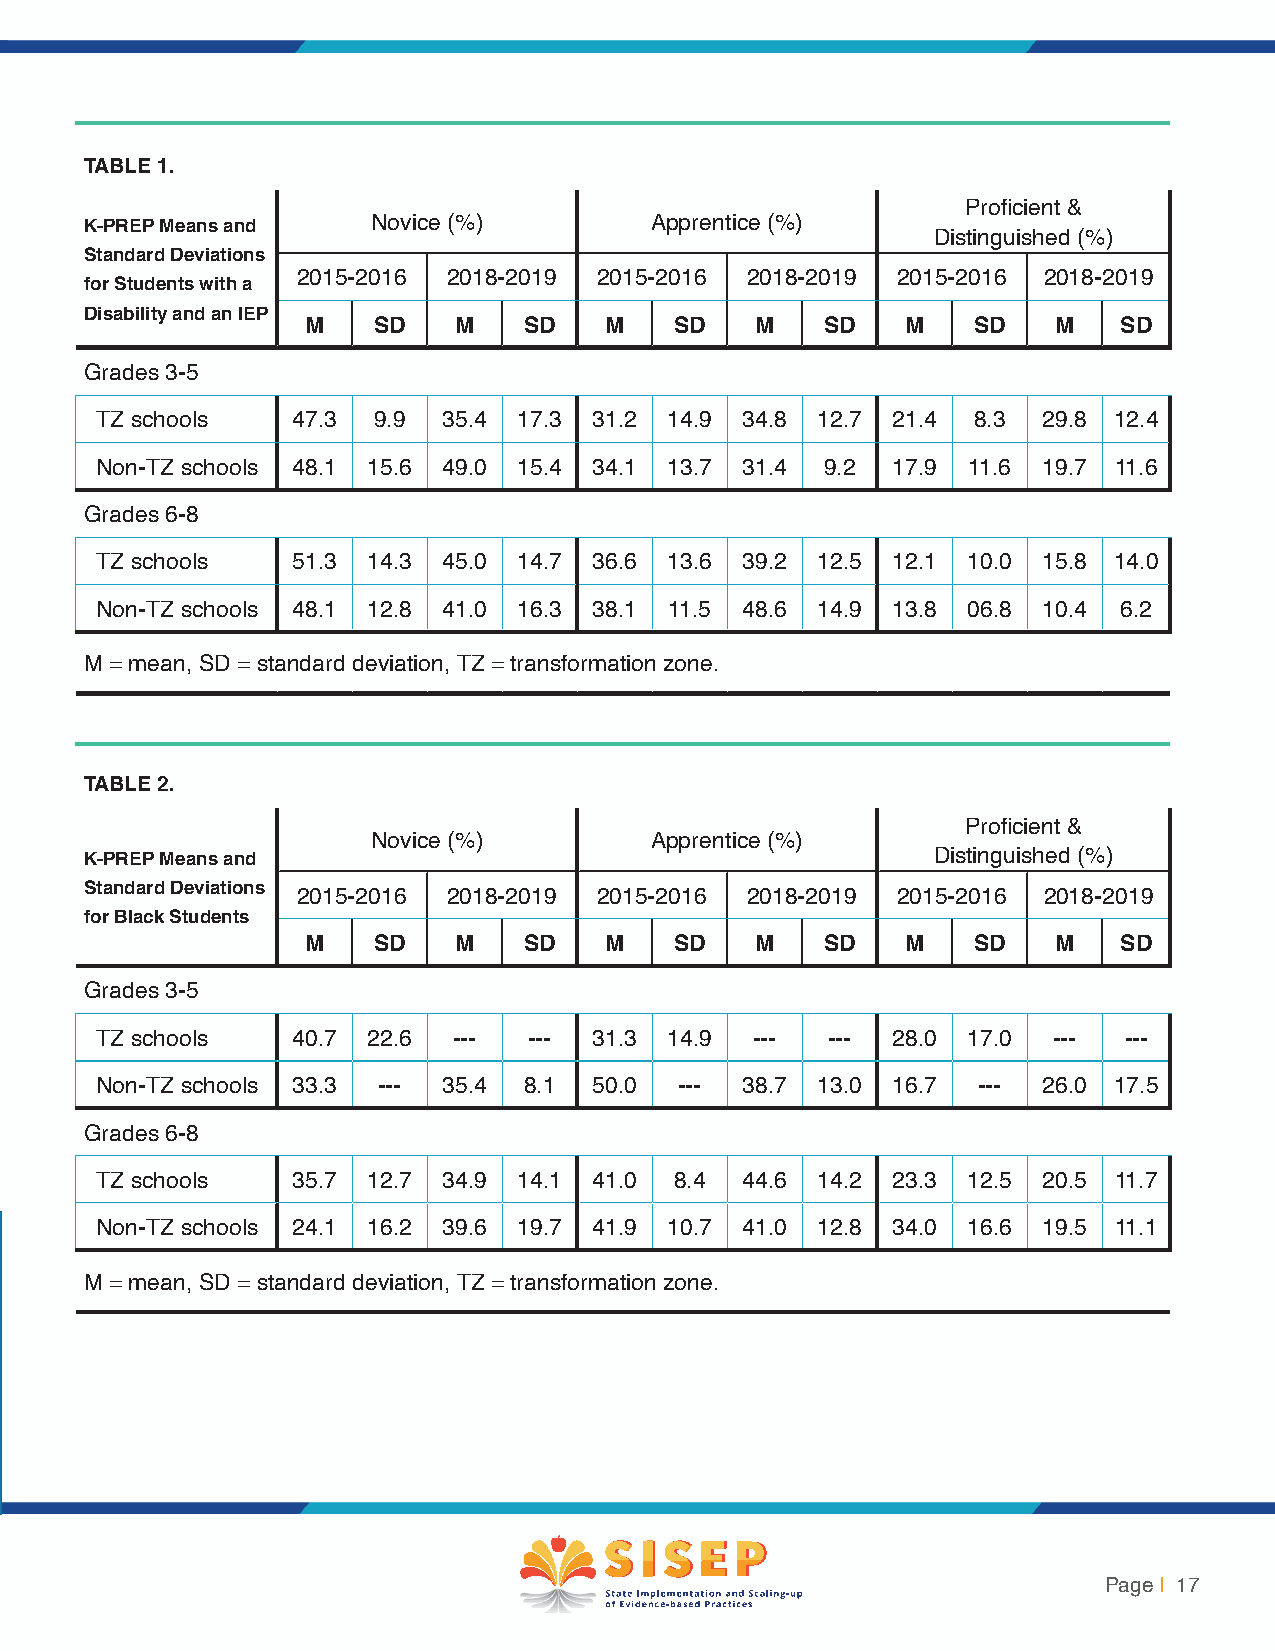
TABLE 1.
 Proficient &
 K-PREP Means and   Novice (%)        Apprentice (%)
 Distinguished (%)
 Standard Deviations
 2015-2016 2018-2019 2015-2016 2018-2019 2015-2016 2018-2019
 for Students with a
 Disability and an IEP
 M    SD   M    SD   M    SD   M    SD   M   SD    M   SD
 Grades 3-5
 TZ schools   47.3  9.9 35.4 17.3 31.2 14.9 34.8 12.7 21.4 8.3  29.8 12.4
 Non-TZ schools 48.1 15.6 49.0 15.4 34.1 13.7 31.4 9.2 17.9 11.6 19.7 11.6
 Grades 6-8
 TZ schools   51.3 14.3 45.0 14.7 36.6 13.6 39.2 12.5 12.1 10.0 15.8 14.0
 Non-TZ schools 48.1 12.8 41.0 16.3 38.1 11.5 48.6 14.9 13.8 06.8 10.4 6.2
 M = mean, SD = standard deviation, TZ = transformation zone.
 TABLE 2.
 Proficient &
 Novice (%)        Apprentice (%)
 K-PREP Means and                                        Distinguished (%)
 Standard Deviations
 2015-2016 2018-2019 2015-2016 2018-2019 2015-2016 2018-2019
 for Black Students
 M    SD   M    SD   M    SD   M    SD   M   SD    M   SD
 Grades 3-5
 TZ schools   40.7 22.6  ---  --- 31.3 14.9  ---  --- 28.0 17.0  --- ---
 Non-TZ schools 33.3 --- 35.4 8.1 50.0  --- 38.7 13.0 16.7  --- 26.0 17.5
 Grades 6-8
 TZ schools   35.7 12.7 34.9 14.1 41.0  8.4 44.6 14.2 23.3 12.5 20.5 11.7
 Non-TZ schools 24.1 16.2 39.6 19.7 41.9 10.7 41.0 12.8 34.0 16.6 19.5 11.1
 M = mean, SD = standard deviation, TZ = transformation zone.
 Page | 17